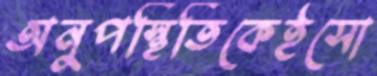
অনুপস্থিতিকেইসো